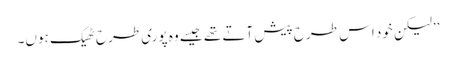
’’لیکن خود اس طرح پیش آتے تھے جیسے وہ پوری طرح ٹھیک ہوں۔